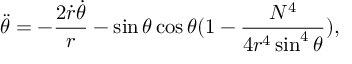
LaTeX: \ddot { \theta } = - \frac { 2 \dot { r } \dot { \theta } } { r } - \sin \theta \cos \theta ( 1 - \frac { N ^ { 4 } } { 4 r ^ { 4 } \sin ^ { 4 } \theta } ) ,